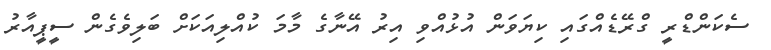
ސެކަންޑްރީ ގްރޭޑެއްގައި ކިޔަވަން އުޅުއްވި އިރު އޭނާގެ މާމަ ކުއްލިއަކަށް ބަލިވެގެން ސީޕީއާރު